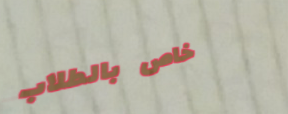
خاص بالطلاب